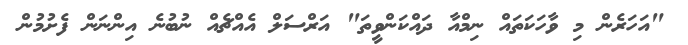
"އަހަރެން މި ވާހަކަތައް ނިމްއާ ދައްކަންވީތަ" އަރްސަލް އެއްޗެއް ނުބުނެ އިންނަން ފެށުމުން